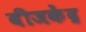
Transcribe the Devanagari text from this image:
वीजकेंद्र